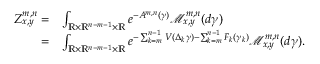
\begin{array} { r l } { Z _ { x , y } ^ { m , n } = } & { \int _ { \mathbb { R } \times \mathbb { R } ^ { n - m - 1 } \times \mathbb { R } } e ^ { - A ^ { m , n } ( \gamma ) } \mathcal { M } _ { x , y } ^ { m , n } ( d \gamma ) } \\ { = } & { \int _ { \mathbb { R } \times \mathbb { R } ^ { n - m - 1 } \times \mathbb { R } } e ^ { - \sum _ { k = m } ^ { n - 1 } V ( \Delta _ { k } \gamma ) - \sum _ { k = m } ^ { n - 1 } F _ { k } ( \gamma _ { k } ) } \mathcal { M } _ { x , y } ^ { m , n } ( d \gamma ) . } \end{array}